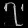
Digit: ၇